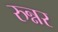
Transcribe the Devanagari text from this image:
रुन्नर